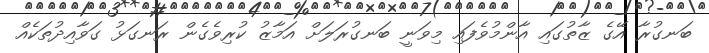
ބަނގުރާ އޭގެ ޒާތުގައި އާންމުވެފައި މިވަނީ ބަނގުރަލަށް އަމާޒު ކުރިވެގެން ރަނގަޅު ގަވާއިދުތަކެއް